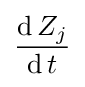
{\frac {\operatorname {d} Z_{j}}{\operatorname {d} t}}